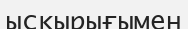
ысқырығымен